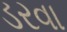
ડરવા